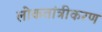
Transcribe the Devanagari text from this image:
लोकतांत्रीकरण